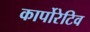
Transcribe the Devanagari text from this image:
कार्पोरेटिव